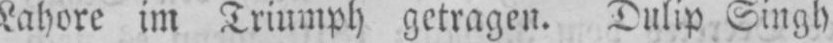
Lahore im Triumph getragen. Dulip Singh